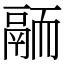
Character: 𩰴